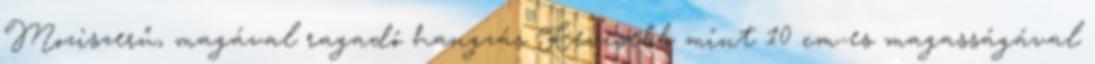
Moziszerű, magával ragadó hangzás Kevesebb mint 10 cm-es magasságával